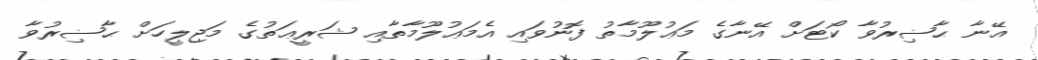
އޭނާ ޙާޟިރުވާ ކޯޓަށް އޭނާގެ މަޢުލޫމާތު ފޮނުވައި އެމަޢުލޫމާތާއި ޝަރީޢަތުގެ މަޖިލީހަށް ޙާޟިރުވާ